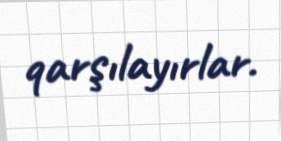
qarşılayırlar.